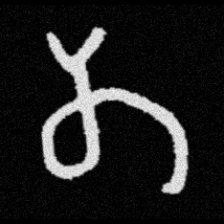
Pyu character \u2014 Myanmar letter: တ (romanized: ta)